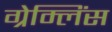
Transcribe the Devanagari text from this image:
ग्रेम्लिंस